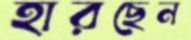
হারছেন